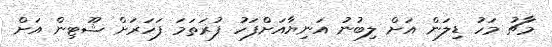
މާޗު މަހު ޑިލަން އަށް ލިބުނު އަނިޔާއަށްފަހު ފުރަތަމަ ފަހަރަށް ޝޫޓިން އަށް